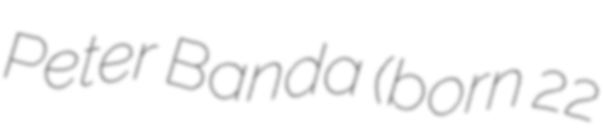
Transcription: Peter Banda (born 22